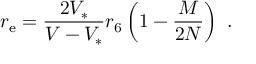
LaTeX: r _ { \mathrm { e } } = { \frac { 2 V _ { * } } { { V } - V _ { * } } } r _ { 6 } \left( 1 - { \frac { M } { 2 N } } \right) \ .